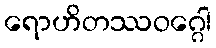
ရောဟိတဿဝဂ္ဂေါ